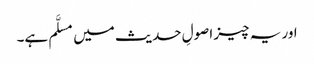
اور یہ چیز اصولِ حدیث میں مسلَّم ہے۔